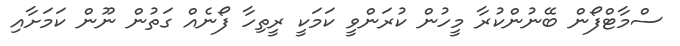
ސްމާޓްފޯން ބޭނުންކުރާ މީހުން ކުރަންވީ ކަމަކީ ރީތިހާ ފޯނެއް ގަތުން ނޫން ކަމަށާއި